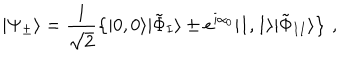
| \Psi _ { \pm } \rangle = \frac { 1 } { \sqrt { 2 } } \left\{ | 0 , 0 \rangle | \tilde { \Phi } _ { I } \rangle \pm e ^ { i \alpha _ { 0 } } | 1 , 1 \rangle | \tilde { \Phi } _ { I I } \rangle \right\} \, ,